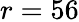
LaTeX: r=56